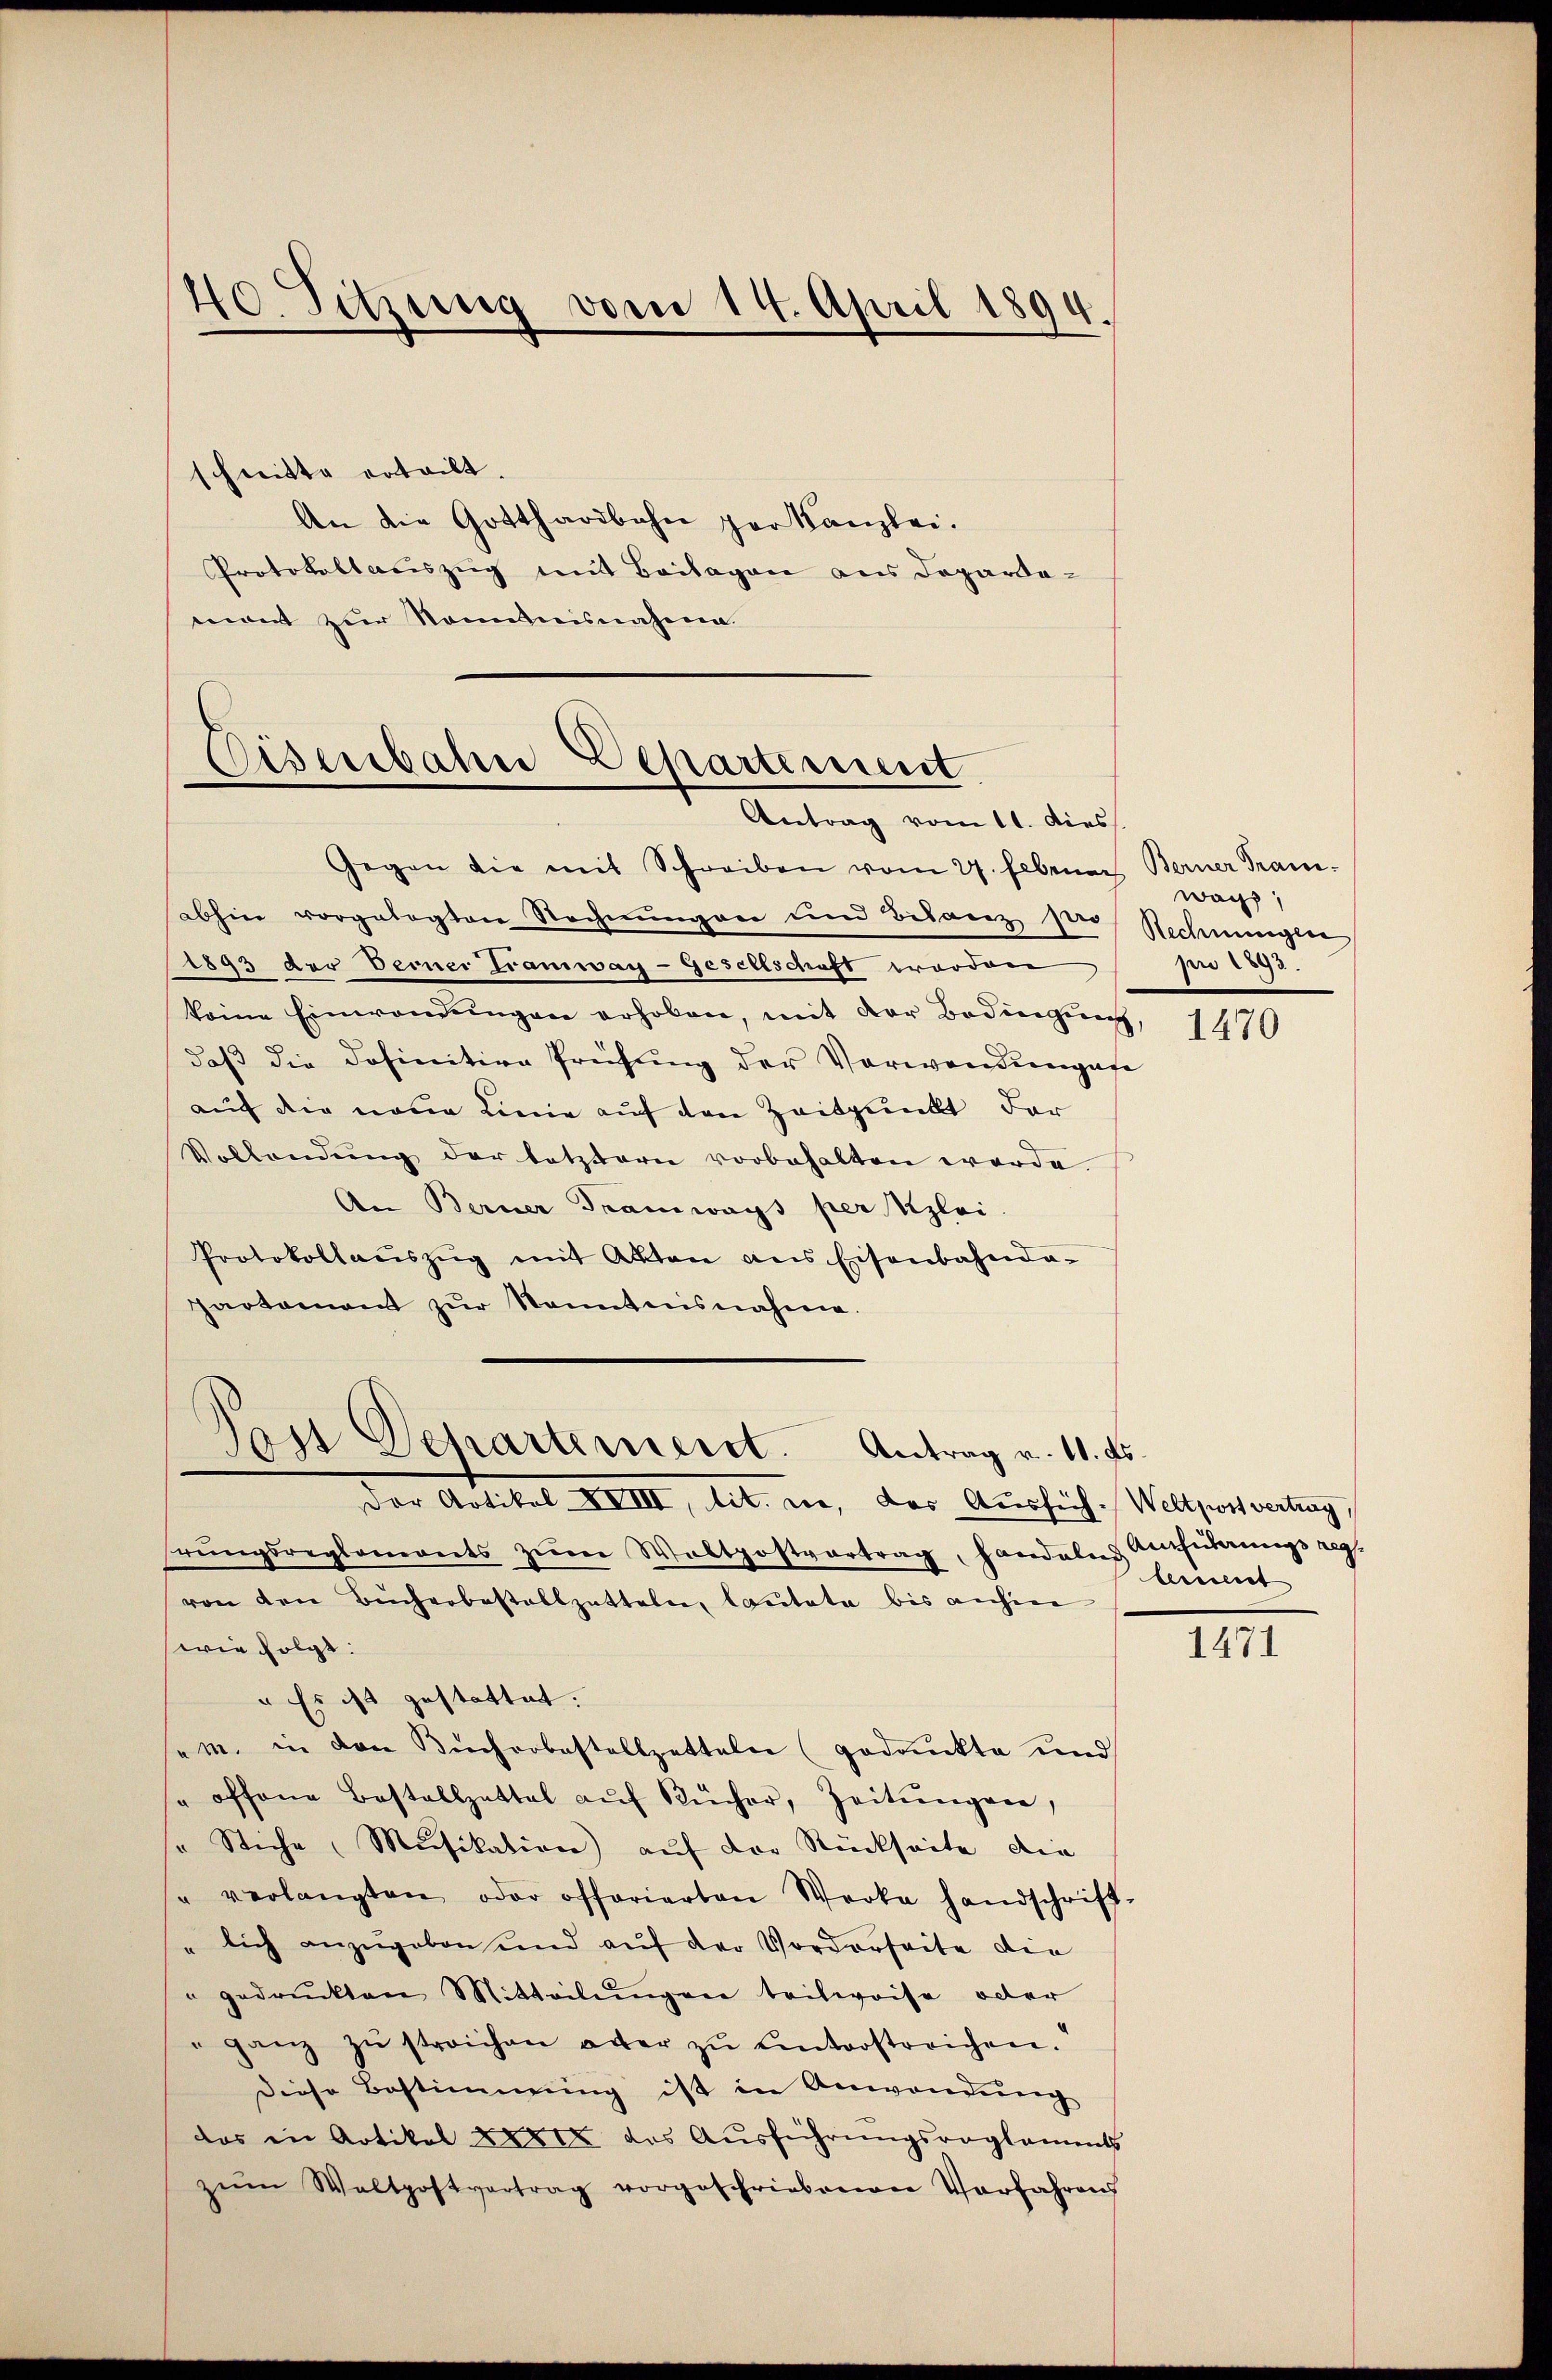
40. Sitzung vom 14. April 1894.

schnitte erteilt.
An die Gotthardbahn per Kanzlei.
Protokollauszug mit Beilagen aus Dopardo-
mont zur Nominahen.

Eisenbahn Departement.
Antrag vom 11. dies

Dast Departement. Antrag v. 11. Fs.
Der Artikel XVIII, tit. no, das Ausfüh-Weltzit vertrag,

Gegen die mit Schreiben vom 27. Februar Berner Tramabhin vorgelegten Rechnŭngen und Bilanz ster Rechnungen
1893 der Verner Tramway-Gesellschaft worden
keine Einwandŭngen erhoben, mit der Bedingung,
daß die Dosinitive Prüfung der Verwendungefe
auf die neue Linie auf den Zeitpunkt der
Vollendŭng der letztern vorbehalten werde.
An Berner Tramways per Klei
Protokollaŭszŭg mit Akten aus Eisenbahnda-
Paotomant zŭr Kenntnisnahme.

rŭngsreglements zŭm Waltpostvertrag, handelns Ausführungsreg
von den Bücherbestallzetteln, lautete bis anhen
wie folgt:
" Es ist gestattet. |
„m. in den Bücherbestallzetteln (gedankte und
" offene Bestallzettel aŭf Kücher, Zeitŭngen,
" Stiche Musikation aŭf der Rückseite die
" verlangten oder offerierten Werke handschrift
" lich anzugeben und aŭf der Vorderseite die
" gedruckten Mitteilŭngen teilweise oder
" ganz zŭ streichen aber zŭ ŭnterstreichen.
diese Bestimmung ist in Anwendŭng
das in Artikel 288 des Ausführungsroglammts
zŭm Waltpostvertrag vorgeschriebenen Verfahrens

wach,
pro 1893.

1470

lernt

1471